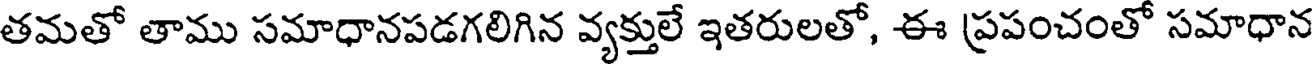
తమతో తాము సమాధానపడగలిగిన వ్యక్తులే ఇతరులతో, ఈ ప్రపంచంతో సమాధాన